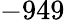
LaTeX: -949